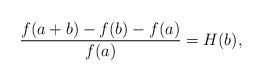
LaTeX: \begin{align*}\frac{f(a+b)-f(b)-f(a)}{f(a)}=H(b),\end{align*}